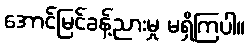
အောင်မြင်ခန့်ညားမှု မရှိကြပါ။